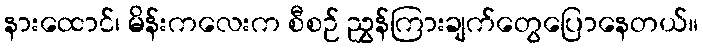
နားထောင်၊ မိန်းကလေးက စီစဉ် ညွှန်ကြားချက်တွေပြောနေတယ်။